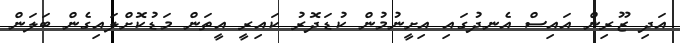
އަދި ޒޫރިން އައިސް އެނދުގައި އިށީނުމުން ކުޑަދޮރު ކައިރީ އީތަން މަޑުކޮށްލައިގެން ބަލަން